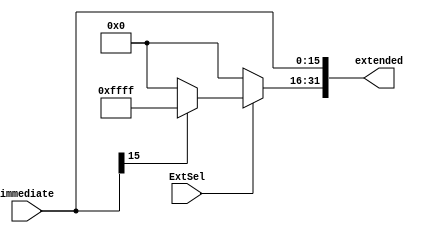
//1632
`timescale 1ns / 1ns
module signzeroextend(
    input wire[15:0] immediate, // 16
    input ExtSel, // 100
    output reg[31:0] extended // 32
);
    always@(*)begin
      extended[15:0]<=immediate;
      if(ExtSel==0)begin
        extended[31:16]<=16'h0000;
      end
      else begin
        extended[31:16]<=immediate[15] ? 16'hffff : 16'h0000;
      end
    end
endmodule